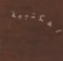
المكتبية